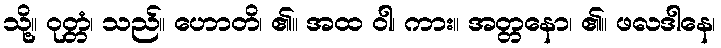
သို့။ ဝုတ္တံ၊ သည်။ ဟောတိ၊ ၏။ အထ ဝါ၊ ကား။ အတ္တနော၊ ၏။ ဖလဒါနေ၊